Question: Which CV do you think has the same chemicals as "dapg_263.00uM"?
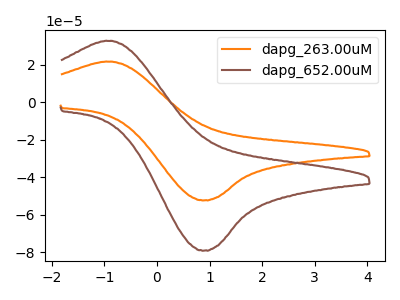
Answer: <think>The orange curve "dapg_263.00uM" has an anodic peak at (-0.90V, 21.55uA) and a cathodic peak at (0.90V, -52.25uA). The brown curve "dapg_652.00uM" has an anodic peak at (-0.90V, 32.55uA) and a cathodic peak at (0.90V, -79.00uA).
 All the peaks in "dapg_263.00uM" have a peak in "dapg_652.00uM" at the same potential. Every peak in "dapg_263.00uM" is lower than every peak in "dapg_652.00uM".</think>
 <answer>The CV with the most similar shape to "dapg_652.00uM" is "dapg_263.00uM".</answer>
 <eval>"dapg_263.00uM"</eval>